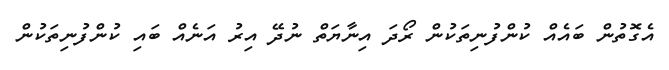
އެގޮތުން ބައެއް ކުންފުނިތަކުން ރޯދަ އިނާޔަތް ނުދޭ އިރު އަނެއް ބައި ކުންފުނިތަކުން